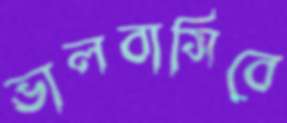
ভালবাসিবে